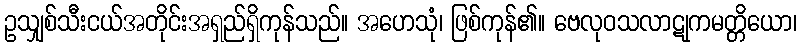
ဥသျှစ်သီးငယ်အတိုင်းအရှည်ရှိကုန်သည်။ အဟေသုံ၊ ဖြစ်ကုန်၏။ ဗေလုဝသလာဋုကမတ္တိယော၊